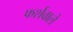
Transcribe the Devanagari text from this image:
फर्शवाले